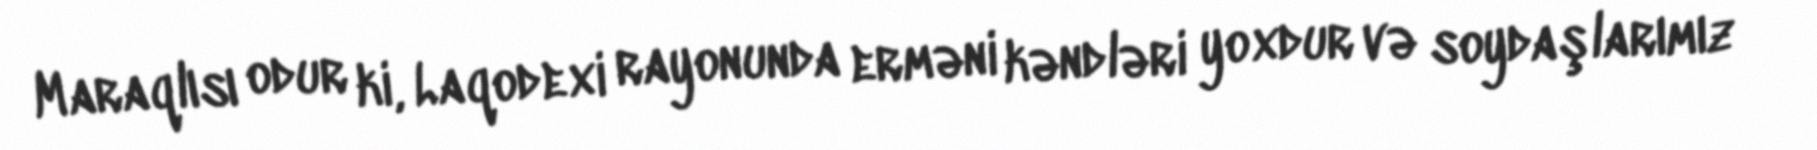
Maraqlısı odur ki, Laqodexi rayonunda erməni kəndləri yoxdur və soydaşlarımız